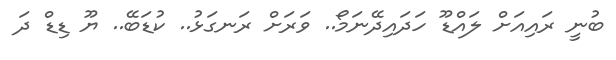
ބުނީ ރައިއަށް ލައްޑޫ ހަދައިދޭނަމޯ.. ވަރަށް ރަނގަޅު.. ކުޑަބޭ.. ޔޫ ޑިޑް ދަ